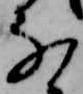
な